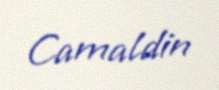
Camaldin